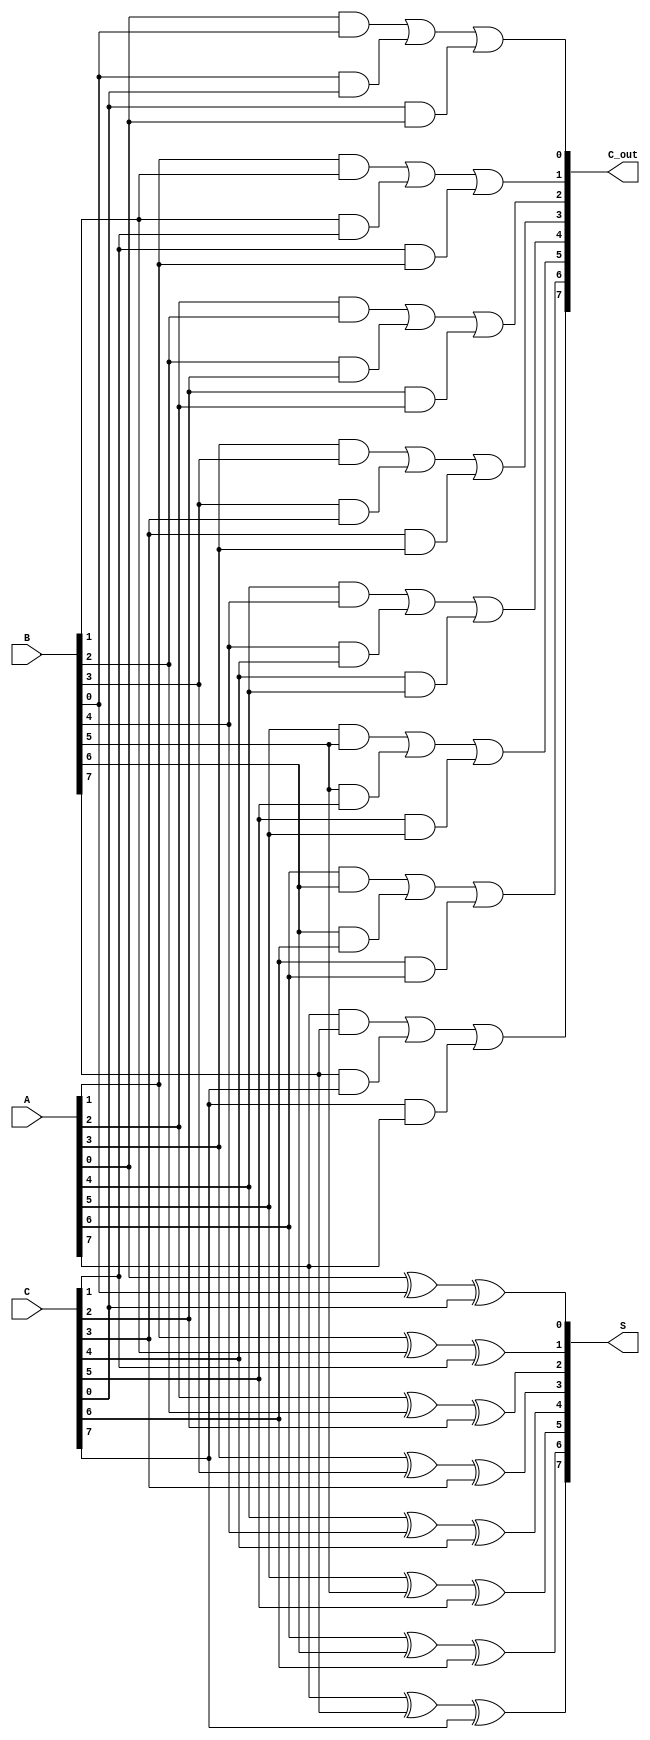
module ParallelCarrySaveAdder #(parameter n = 8) (
    input  [n-1:0] A,  // First n-bit input
    input  [n-1:0] B,  // Second n-bit input
    input  [n-1:0] C,  // Third n-bit input
    output [n-1:0] S,  // Sum output
    output [n-1:0] C_out // Carry output
);

    // Internal wire declarations for sum and carry
    wire [n-1:0] sum;
    wire [n-1:0] carry;

    // Bit-wise addition for sum and carry
    genvar i;
    generate
        for (i = 0; i < n; i = i + 1) begin : CSA_logic
            // Sum calculation using XOR
            assign S[i] = A[i] ^ B[i] ^ C[i];
            // Carry calculation using AND and OR
            assign C_out[i] = (A[i] & B[i]) | (B[i] & C[i]) | (C[i] & A[i]);
        end
    endgenerate

endmodule